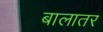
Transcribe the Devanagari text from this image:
बालातर